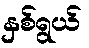
နှစ်ရွယ်